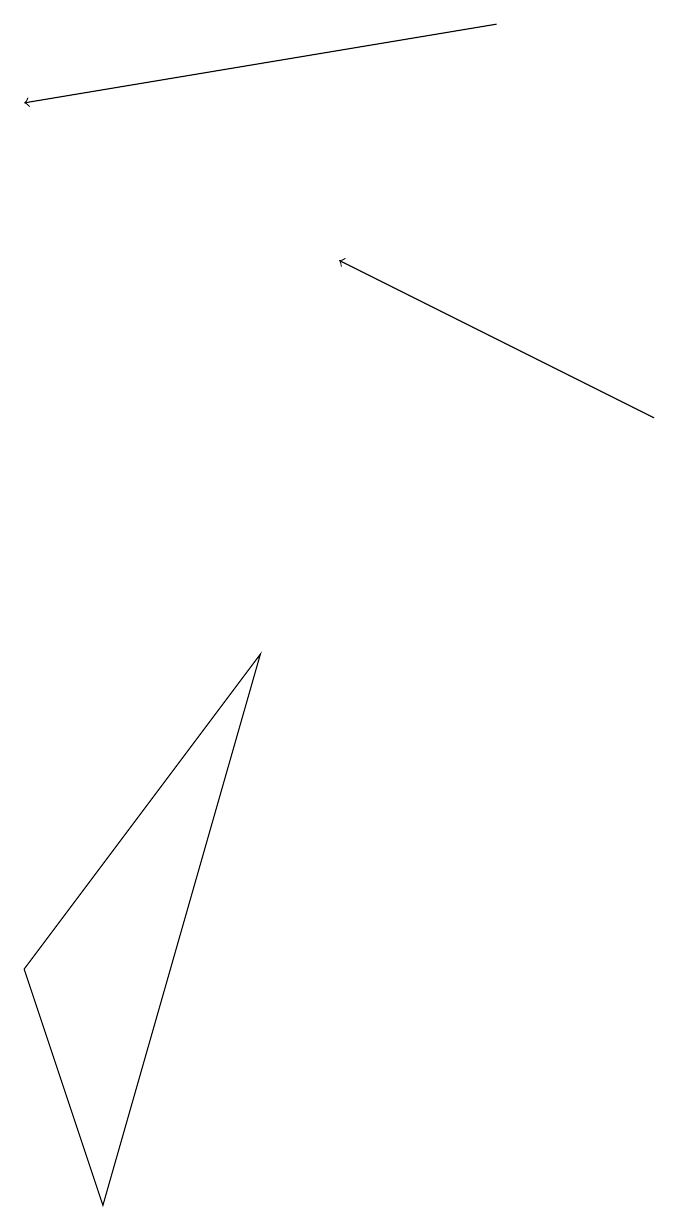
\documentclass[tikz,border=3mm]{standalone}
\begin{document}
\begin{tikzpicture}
\draw (4,9) -- (2,2) -- (1,5) -- cycle;
\draw[->] (7,17) -- (1,16);
\draw[->] (9,12) -- (5,14);
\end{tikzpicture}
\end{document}